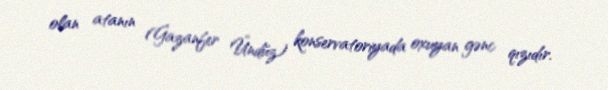
olan atanın (Gazanfer Ündüz) konservatoriyada oxuyan gənc qızıdır.